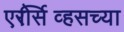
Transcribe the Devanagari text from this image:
एरोसर्व्हिसच्या